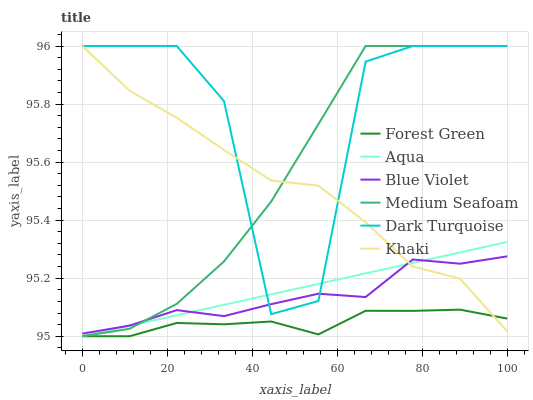
| xaxis_label | Forest Green | Aqua | Blue Violet | Medium Seafoam | Dark Turquoise | Khaki |
 | --- | --- | --- | --- | --- | --- | --- |
 | 0 | 95 | 95 | 95 | 95 | 96 | 96 |
 | 11.1 | 95 | 95 | 95 | 95 | 96 | 95.8 |
 | 22.2 | 95 | 95.1 | 95.1 | 95.1 | 96 | 95.8 |
 | 33.3 | 95 | 95.1 | 95.1 | 95.3 | 95.8 | 95.6 |
 | 44.4 | 95.1 | 95.1 | 95.1 | 95.5 | 95.1 | 95.5 |
 | 55.6 | 95 | 95.2 | 95.1 | 95.7 | 95.1 | 95.5 |
 | 66.7 | 95.1 | 95.2 | 95.1 | 96 | 95.9 | 95.4 |
 | 77.8 | 95.1 | 95.3 | 95.3 | 96 | 96 | 95.2 |
 | 88.9 | 95.1 | 95.3 | 95.2 | 96 | 96 | 95.2 |
 | 100 | 95.1 | 95.3 | 95.3 | 96 | 96 | 95 |